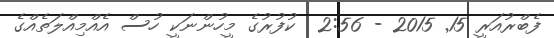
ފެބްރުއަރީ 15